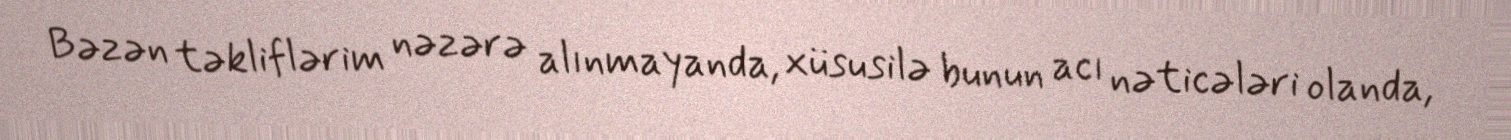
Bəzən təkliflərim nəzərə alınmayanda, xüsusilə bunun acı nəticələri olanda,